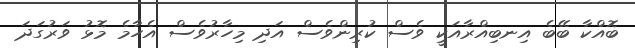
ބޮއްކާ ބޭބެ އިނބިއްރާއަކީ ވެސް ކުރިންވެސް އަދި މިހާރުވެސް އެހާމެ މޮޅު ވަރުގަދަ